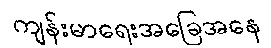
ကျန်းမာရေးအခြေအနေ